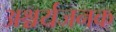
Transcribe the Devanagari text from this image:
अश्चर्यजनक